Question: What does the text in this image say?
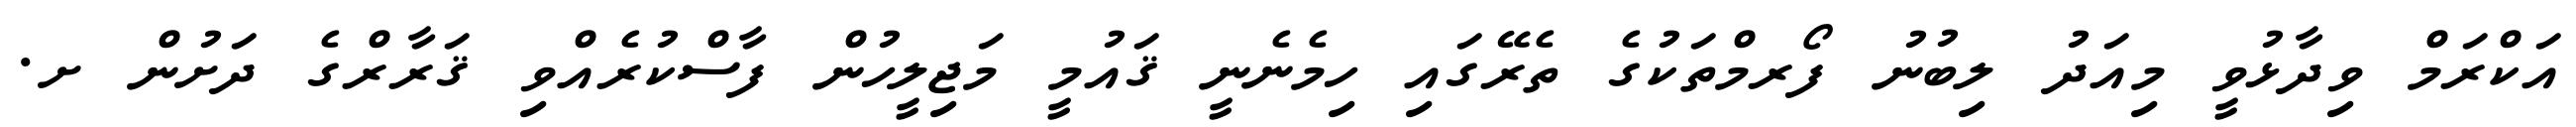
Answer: އަކްރަމް ވިދާޅުވީ މިއަދު ލިބުނު ފޯރމްތަކުގެ ތެރޭގައި ހިމެނެނީ ޤައުމީ މަޖިލީހުން ފާސްކުރެއްވި ޤަރާރްގެ ދަށުން ށ.